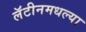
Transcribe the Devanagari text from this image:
लॅटीनमधल्या